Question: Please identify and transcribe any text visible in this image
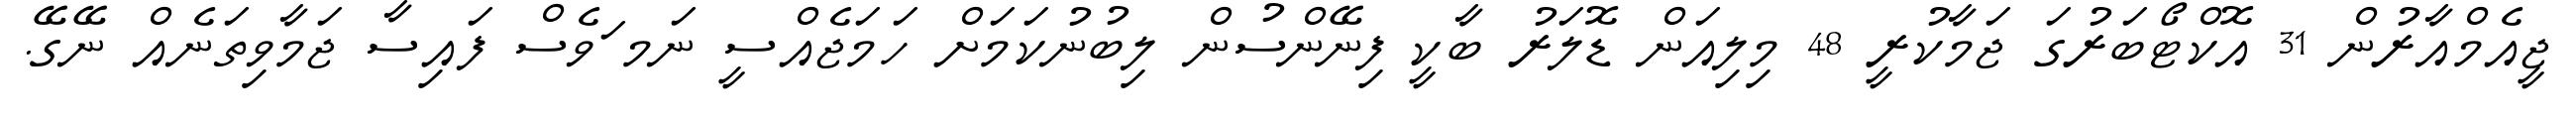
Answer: ޖީއެމްއާރުން 31 އޮކްޓޯބަރުގަ ޖަމާކުރީ 48 މިލިއަން ޑޮލަރު ބާކީ ފިނޭންސުން ލިބުނުކަމަށް ހަމަޖެއްސީ ނަމ ަވެސް ފައިސާ ޖަމާވިތަނެއް ނޭގޭ.